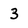
Character: 3